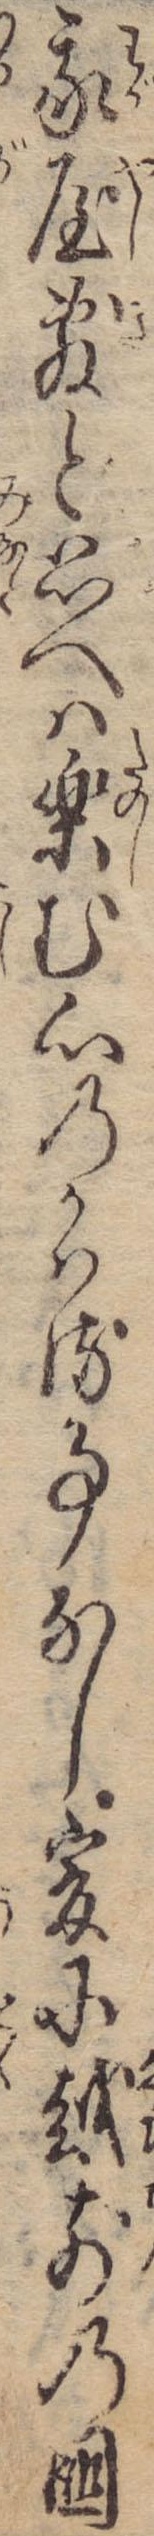
我屋敷と思へは楽む心のかはる事なし爰に越前の国